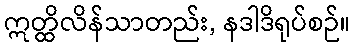
ဣတ္ထိလိန်သာတည်း, နဒါဒိရုပ်စဉ်။